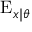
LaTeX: \operatorname { E } _ { x \mid \theta }